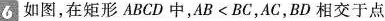
6 如图，在矩形ABCD中，$$AB<BC$$，AC，BD相交于点